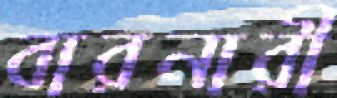
বারনারী